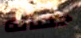
حصانه